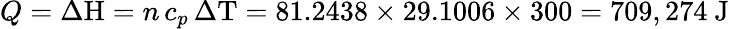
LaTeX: Q={\Delta\mathrm{H}}=n\, c_{p}\, \Delta\mathrm{T}=81.2438\times 29.1006\times 300=709,274{\mathrm{~J}}